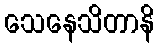
သေနေသိတာနိ